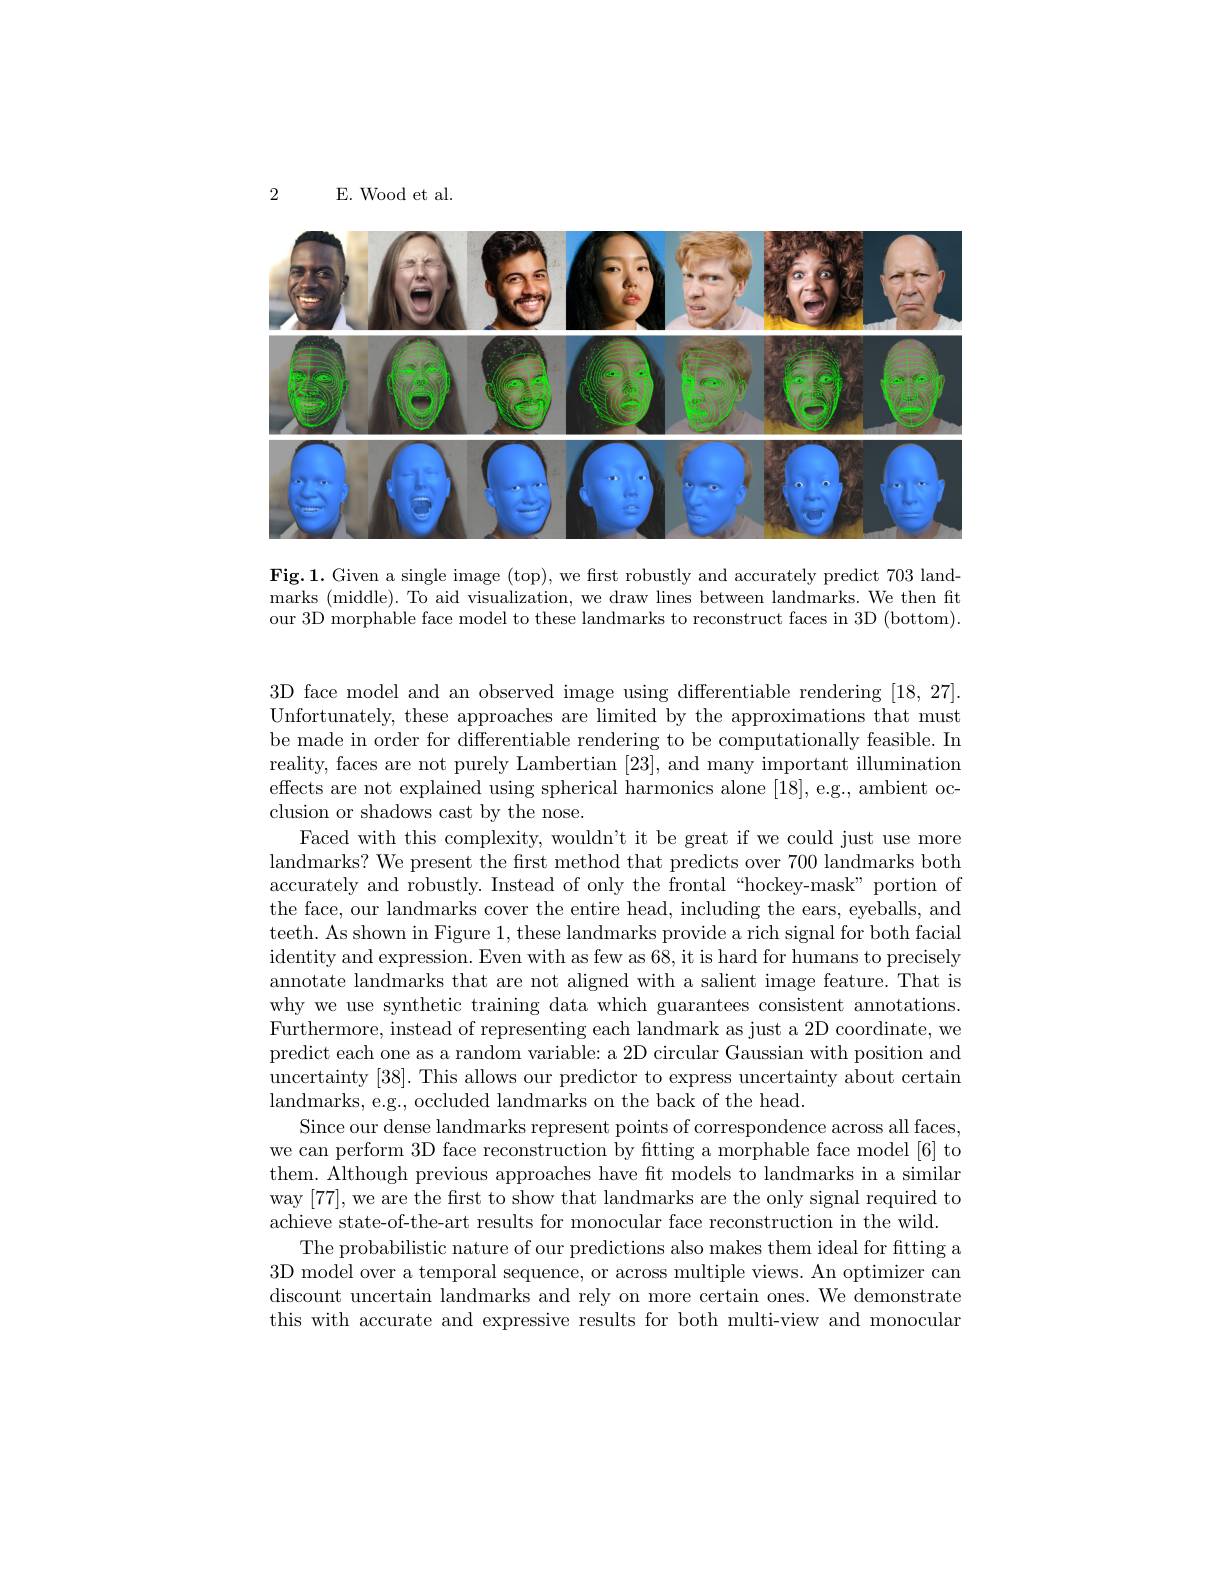
2

E. Wood et al.

<FigureHere>

Fig.1. Given a single image (top), we first robustly and accurately predict 703 landmarks (middle). To aid visualization, we draw lines between landmarks. We then ft our 3D morphable face model to these landmarks to reconstruct faces in 3D (bottom).

3D face model and an observed image using differentiable rendering [18,27]. Unfortunately, these approaches are limited by the approximations that must be made in order for differentiable rendering to be computationally feasible. In reality, faces are not purely Lambertian [23], and many important illumination effects are not explained using spherical harmonics alone [18],e.g., ambient occlusion or shadows cast by the nose.
Faced with this complexity, wouldn't it be great if we could just use more landmarks? We present the first method that predicts over 700 landmarks both accurately and robustly. Instead of only the frontal“hockey-mask” portion of the face, our landmarks cover the entire head, including the ears, eyeballs, and teeth. As shown in Figure 1,these landmarks provide a rich signal for both facial identity and expression. Even with as few as 68, it is hard for humans to precisely annotate landmarks that are not aligned with a salient image feature. That is why we use synthetic training data which guarantees consistent annotations. Furthermore, instead of representing each landmark as just a 2D coordinate, we predict each one as a random variable: a 2D circular Gaussian with position and uncertainty [38]. This allows our predictor to express uncertainty about certain landmarks, e.g., occluded landmarks on the back of the head.
Since our dense landmarks represent points of correspondence across all faces, we can perform 3D face reconstruction by fitting a morphable face model [6] to them. Although previous approaches have fit models to landmarks in a similar way [77], we are the first to show that landmarks are the only signal required to achieve state-of-the-art results for monocular face reconstruction in the wild.
The probabilistic nature of our predictions also makes them ideal for fitting a 3D model over a temporal sequence, or across multiple views. An optimizer can discount uncertain landmarks and rely on more certain ones. We demonstrate this with accurate and expressive results for both multi-view and monocular